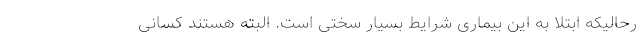
رحالیکه ابتلا به این بیماری شرایط بسیار سختی است. البته هستند کسانی